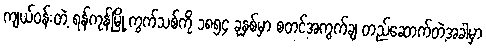
ကျယ်ဝန်းတဲ့ ရန်ကုန်မြို့ ကွက်သစ်ကို ၁၈၅၄ ခုနှစ်မှာ စတင်အကွက်ချ တည်ဆောက်တဲ့အခါမှာ